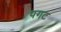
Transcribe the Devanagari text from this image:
पगट